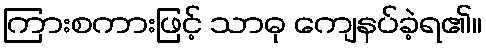
ကြားစကားဖြင့် သာဓု ကျေနပ်ခဲ့ရ၏။